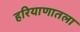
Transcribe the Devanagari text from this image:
हरियाणातला